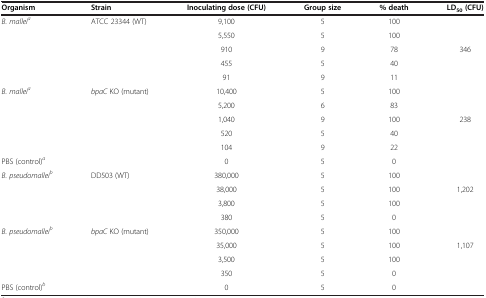
| Organism | Strain | Inoculating dose (CFU) | Group size | % death | LD50 (CFU) |
 | --- | --- | --- | --- | --- | --- |
 | B. malleia | ATCC 23344 (WT) | 9,100 | 5 | 100 |  |
 |  |  | 5,550 | 5 | 100 |  |
 |  |  | 910 | 9 | 78 | 346 |
 |  |  | 455 | 5 | 40 |  |
 |  |  | 91 | 9 | 11 |  |
 | B. malleia | bpaC KO (mutant) | 10,400 | 5 | 100 |  |
 |  |  | 5,200 | 6 | 83 |  |
 |  |  | 1,040 | 9 | 100 | 238 |
 |  |  | 520 | 5 | 40 |  |
 |  |  | 104 | 9 | 22 |  |
 | PBS (control)a |  | 0 | 5 | 0 |  |
 | B. pseudomalleib | DD503 (WT) | 380,000 | 5 | 100 |  |
 |  |  | 38,000 | 5 | 100 | 1,202 |
 |  |  | 3,800 | 5 | 100 |  |
 |  |  | 380 | 5 | 0 |  |
 | B. pseudomalleib | bpaC KO (mutant) | 350,000 | 5 | 100 |  |
 |  |  | 35,000 | 5 | 100 | 1,107 |
 |  |  | 3,500 | 5 | 100 |  |
 |  |  | 350 | 5 | 0 |  |
 | PBS (control)b |  | 0 | 5 | 0 |  |